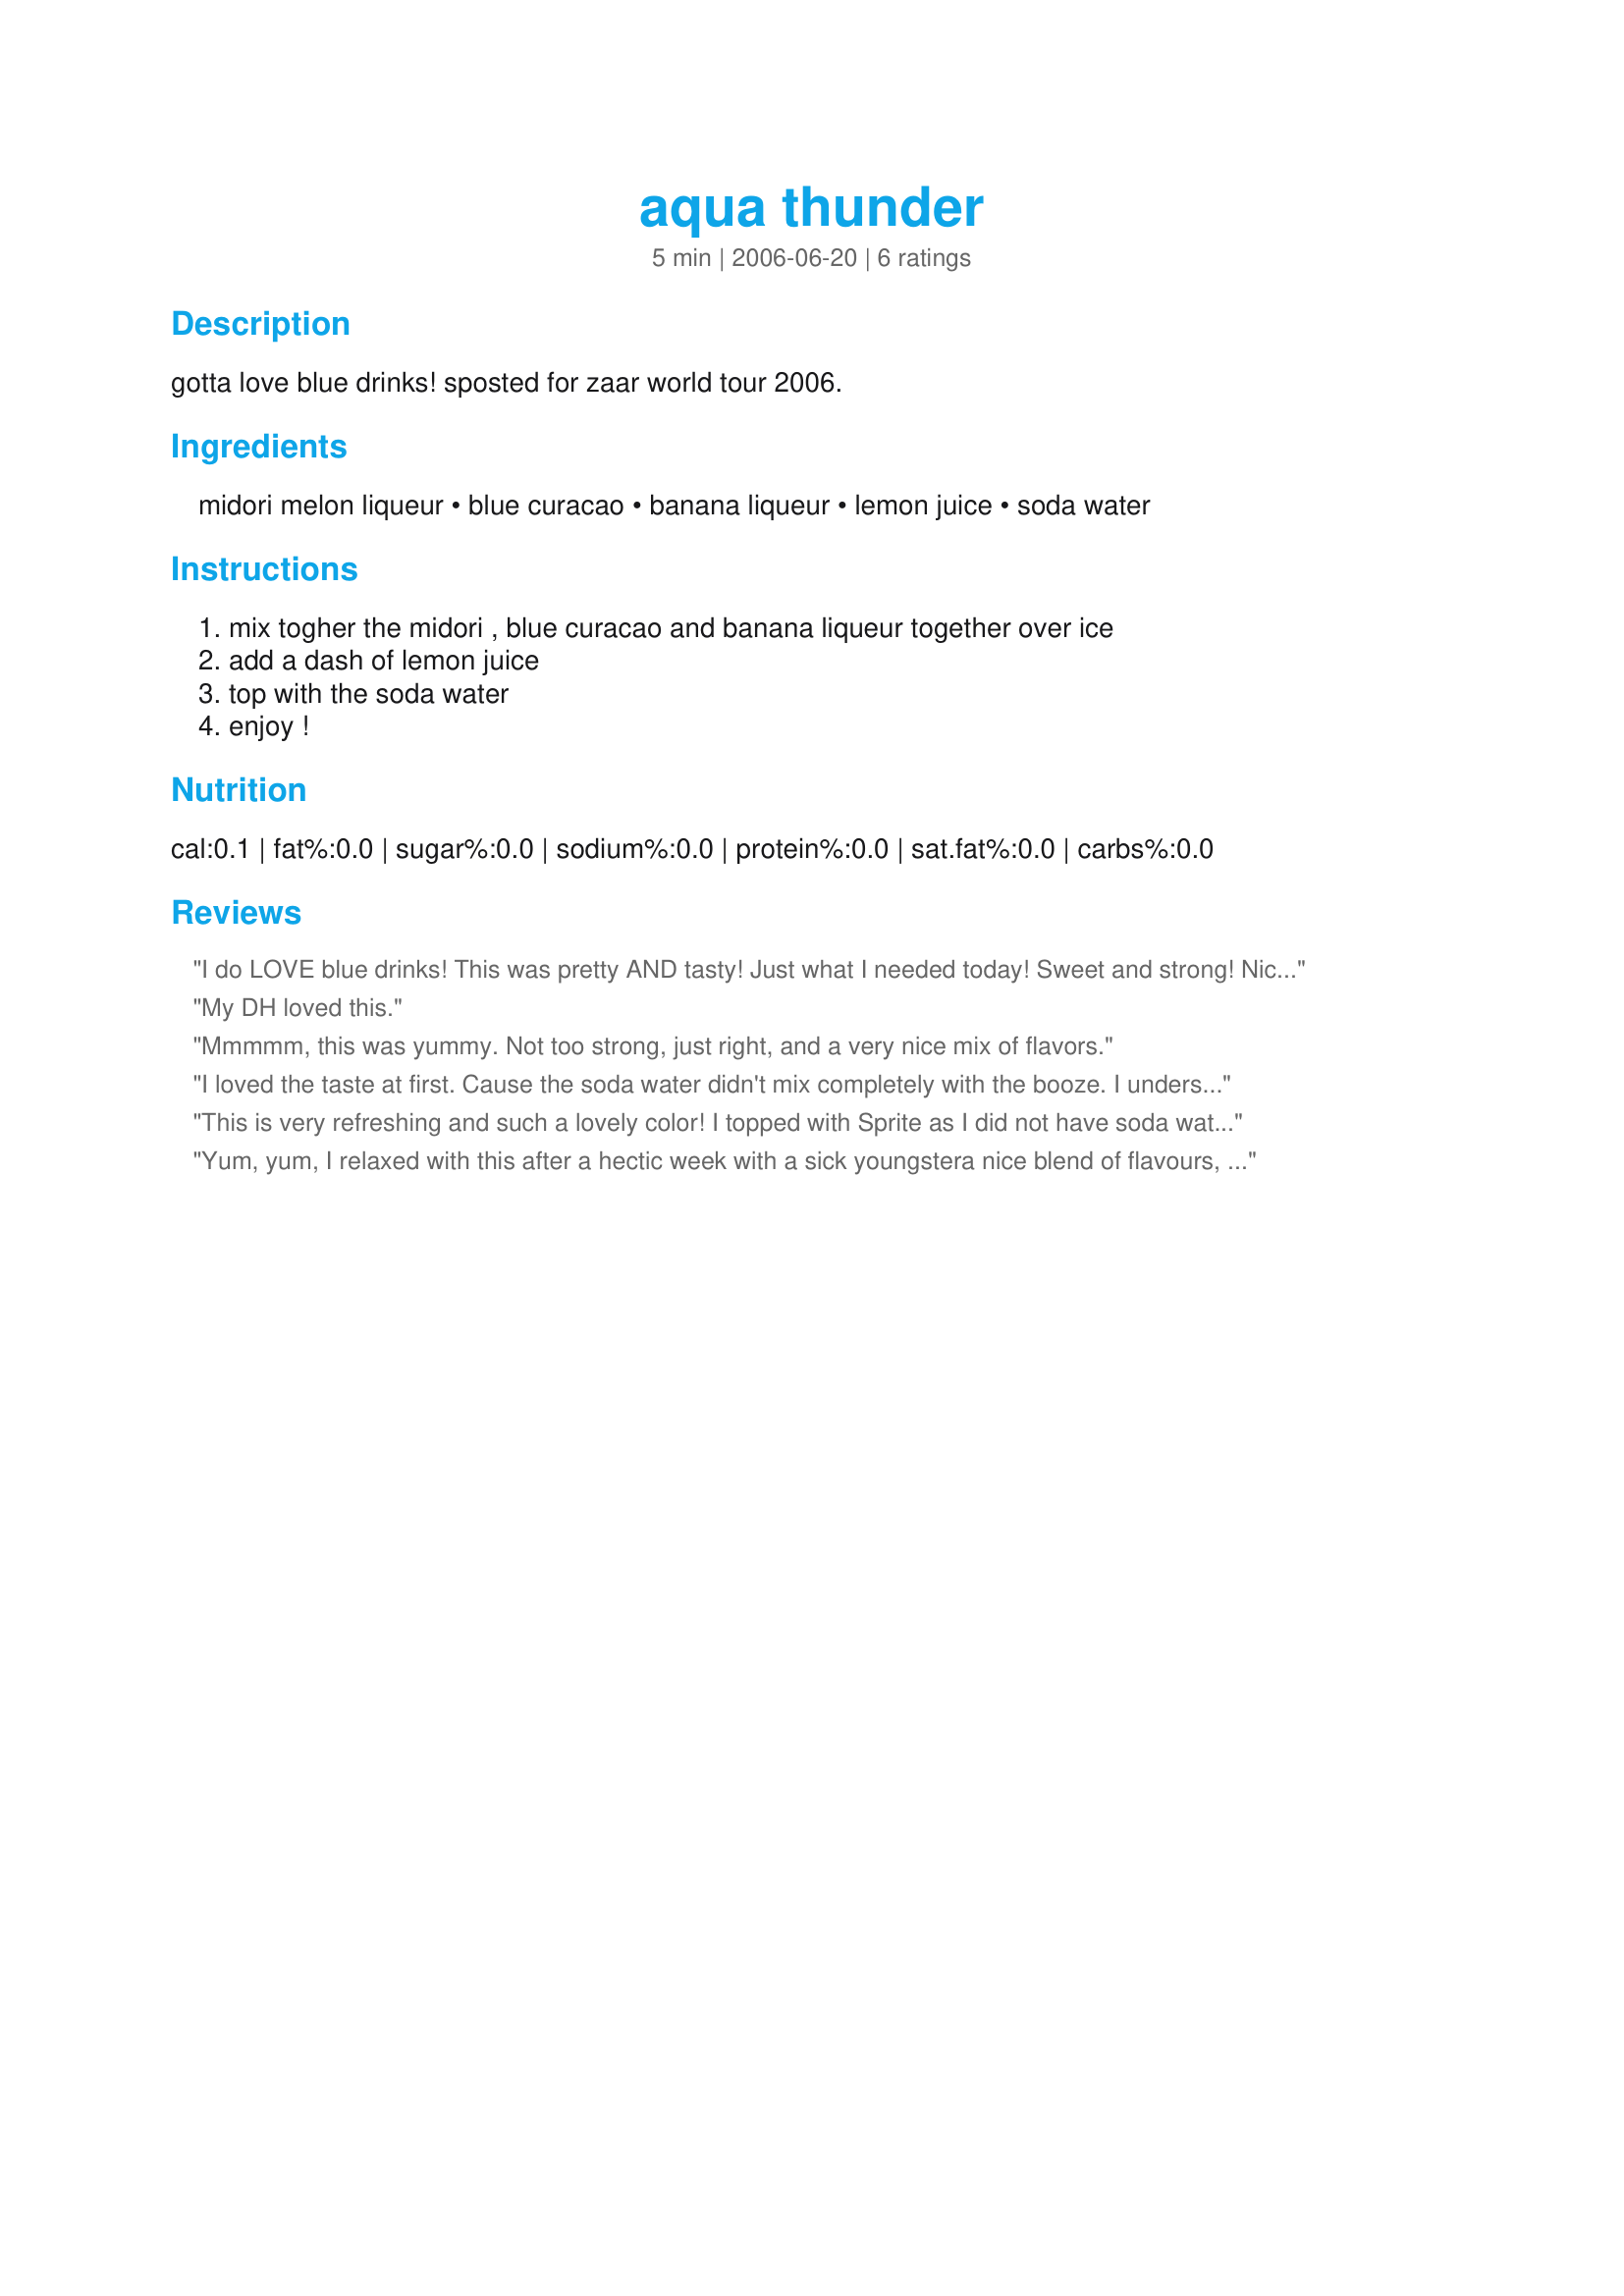
aqua thunder
Preparation time: 5 minutes

gotta love blue drinks! sposted for zaar world tour 2006.

Ingredients:
midori melon liqueur, blue curacao, banana liqueur, lemon juice, soda water

Steps:
mix togher the midori , blue curacao and banana liqueur together over ice, add a dash of lemon juice, top with the soda water, enjoy !

Reviews:
I do LOVE blue drinks! This was pretty AND tasty! Just what I needed today! Sweet and strong! Nice drink Kim! I tried to get my picture as pretty as yours but no such luck. Think I need more ice! Darn ice maker is out though! grrrr Great drink Kim- Thanks for sharing! *Made for Bevy Tag*
My DH loved this.
Mmmmm, this was yummy. Not too strong, just right, and a very nice mix of flavors.
I loved the taste at first. Cause the soda water didn't mix completely with the booze. I understand why it's a thunder LOL When we're drinking the bottom, it's very too sweet. I think I may add more lemon juice. But the taste is great, just too sweet. I love all these liqueurs. Thanks Babe. Made for Bevy tag
This is very refreshing and such a lovely color! I topped with Sprite as I did not have soda water on hand. It probably did not need the added sweetness, but wonderful all the same. Thanks so much, Kim!
Yum, yum, I relaxed with this after a hectic week with a sick youngstera nice blend of flavours, sweet & tropical. I didn't have any soda water so used lermonade as a top up so mine was extra sweet, thanks for posting. Made for ZWT III.
